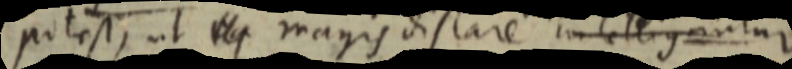
potest, ut _ magis distare intelligantur